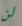
لن